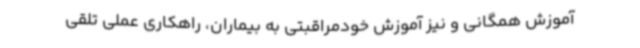
آموزش همگانی و نیز آموزش خودمراقبتی به بیماران، راهکاری عملی تلقی